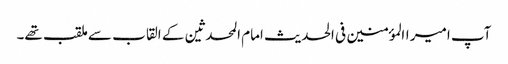
آپ امیر االمؤمنین فی الحدیث امام المحدثین کے القاب سے ملقب تھے۔